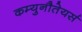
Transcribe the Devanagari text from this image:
कम्युनौतेयर्स